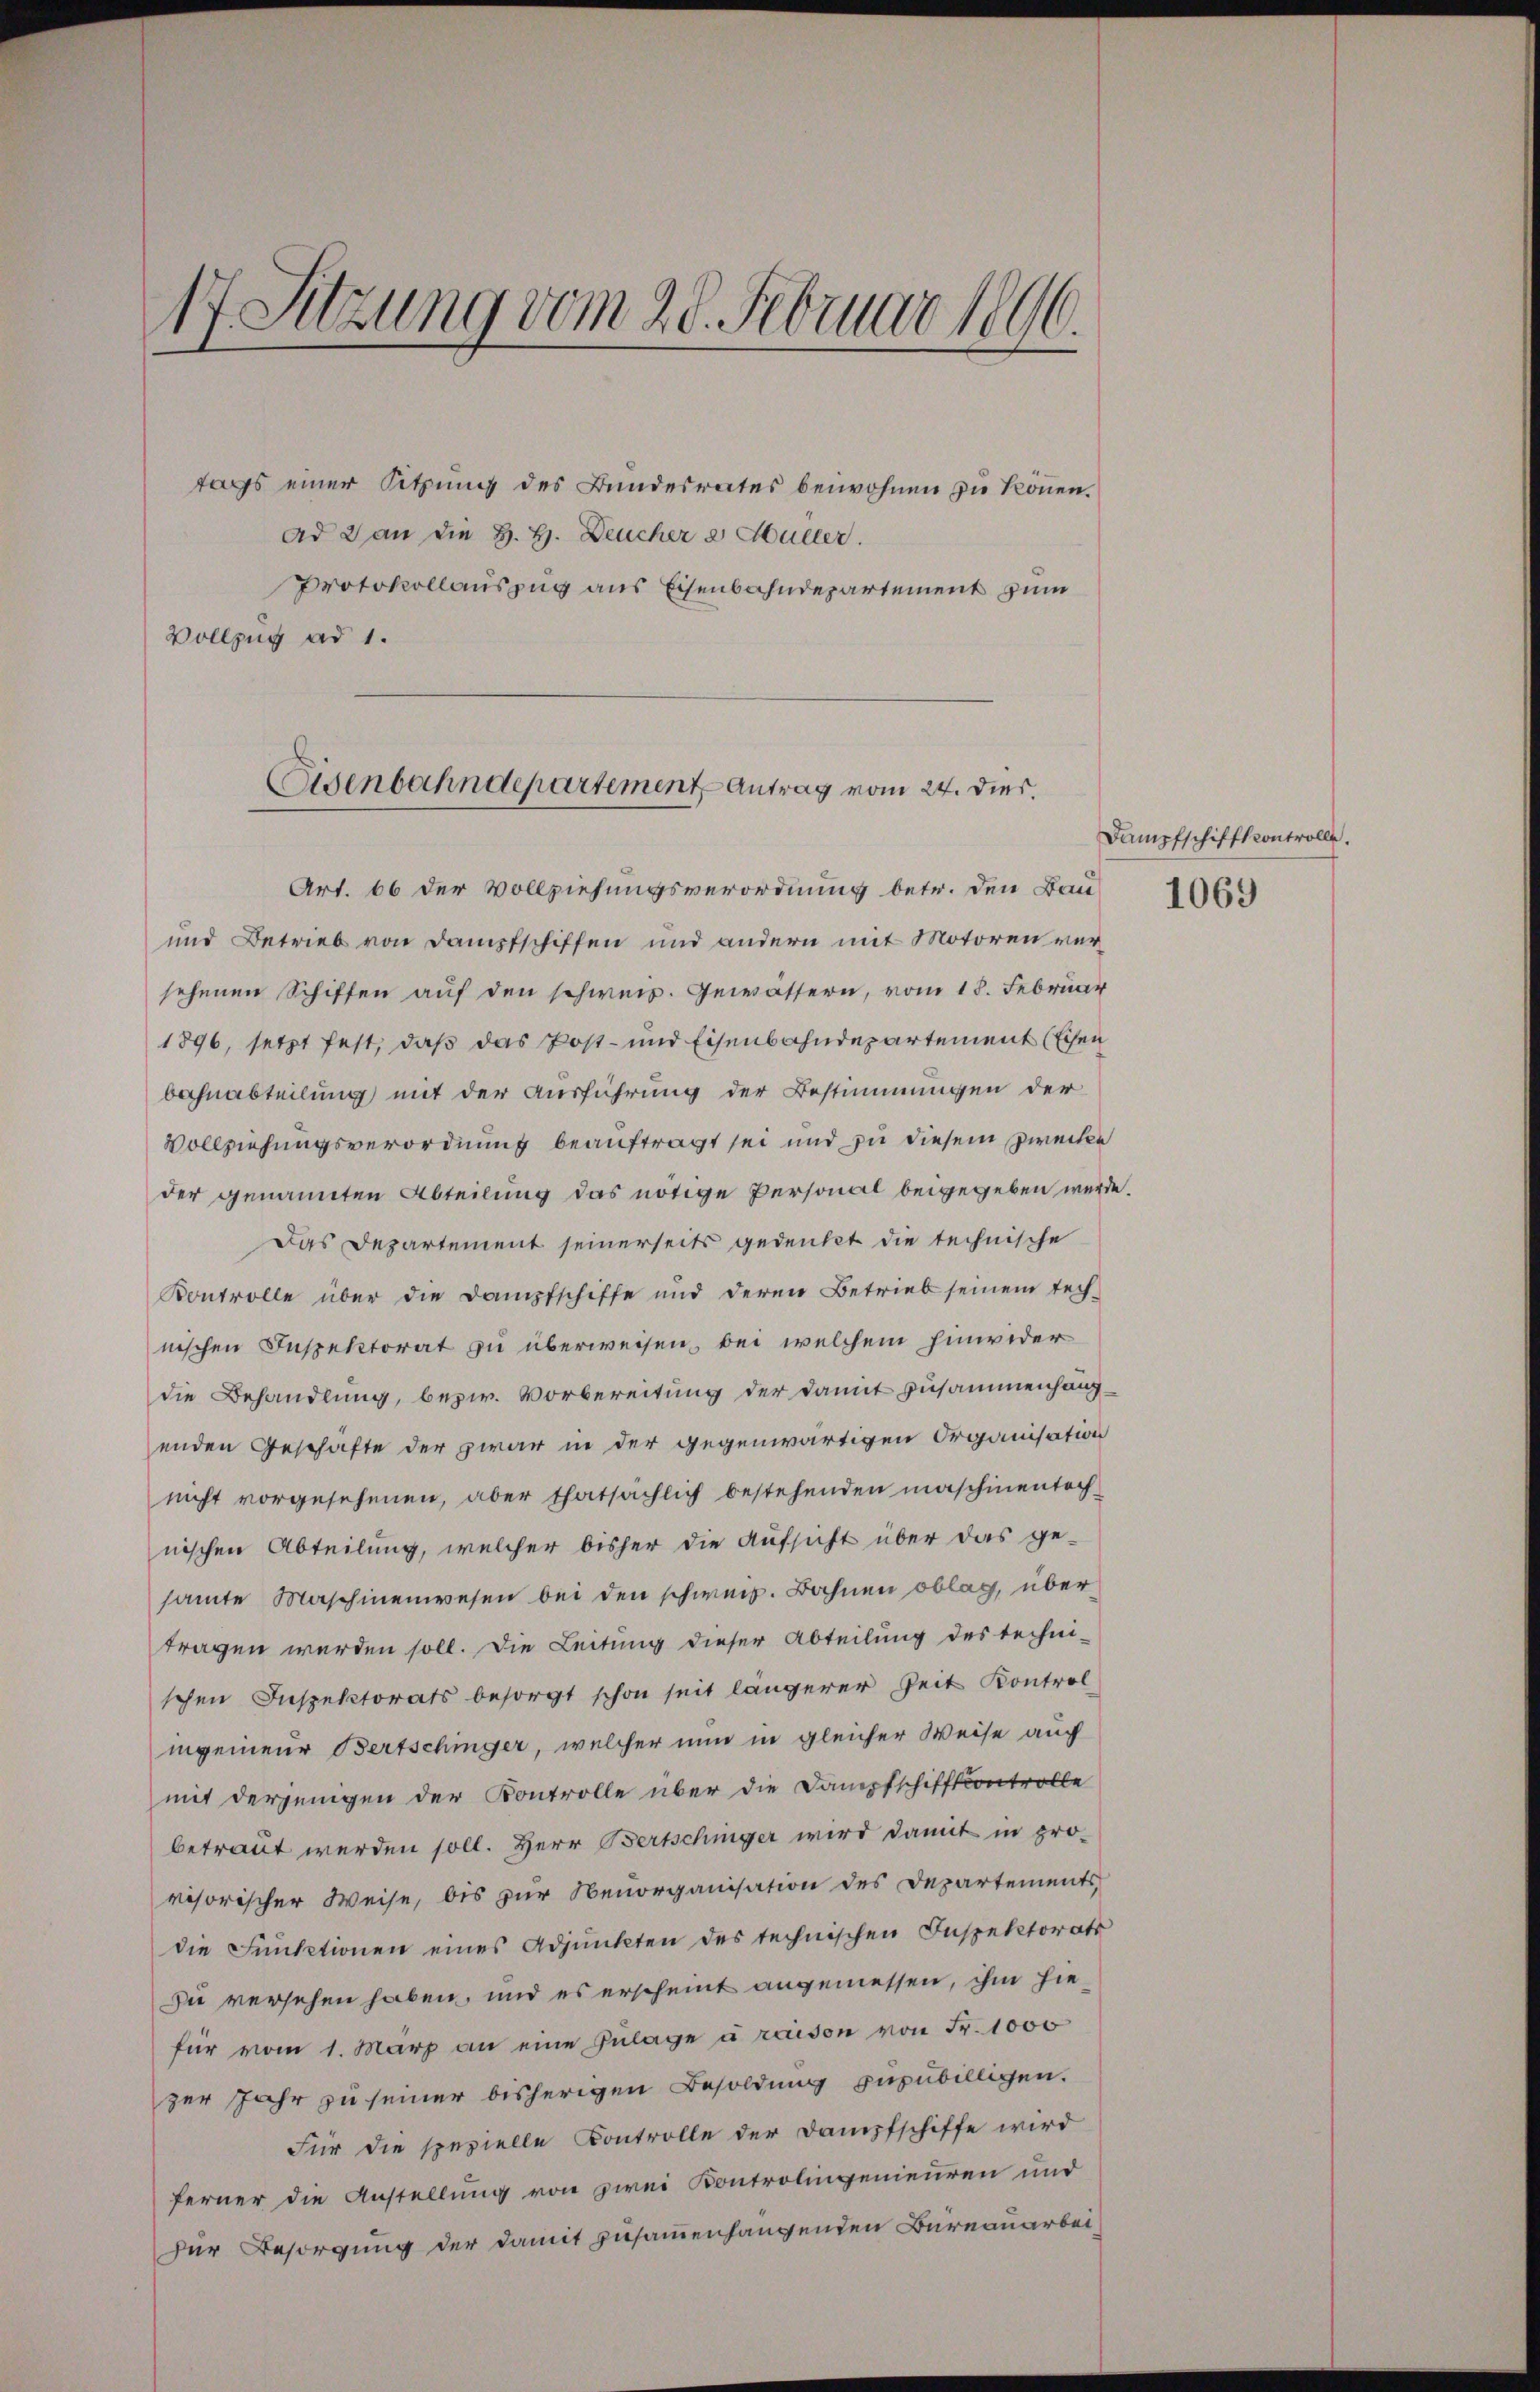
17. Sitzung vom 28. Februar 1890.
tags einer Sitzung des Bundesrates beiwohnen zu können.
ad 3 an die H. H. Deucher e Hüller.
Protokollauszug aus Eisenbahndepartement zum
Vollzug ad 1.

Eisenbahndepartement Antrag vom 24. dies.

Art. 66 der Vollziehungsverordnung betr. den Bau-
und Betrieb von Dampfschiffen und andern mit Motoren versehenen Schiffen auf den schweiz. Gewässern, vom 18. Februar
1896, setzt fest, daß das Post- und Eisenbahndepartement Eisen
bahnabteilung mit der Ausführung der Bestimmungen der
Vollziehungsverordnung beauftragt sei und zu diesem Zwecke
der genannten Abteilung das nötige Personal beigegeben würde.
Das Departement seinerseits gedenkt die technische
Kontrolle über die Dampfschiffe und deren Betrieb seinem tech-
nischen Inspektorat zu überweisen, bei welchem hinwider
die Behandlung, bezw. Vorbereitung der damit Zusammenhängenden Geschäfte der zwar ne der gegenwärtigen Organisation
nicht vorgesehenen, aber thatsächlich bestehenden maschinentoch
nischen Abteilung, welcher bisher die Aufsicht über das ge-
samte Maschinenwesen bei den schweiz. Bahnen oblag, übertragen werden soll. Die Leitung dieser Abteilung des techni-
schen Inspektorats besorgt schon seit längerer Zeit Kontrol
ingenieur Bertschinger, welcher nun in gleicher Weise auch
mit derjenigen der Kontrolle über die Dampfschifftcontrolle
betraut werden soll. Herr Bertschiger wird damit in pro-
visorischer Weise, bis zur Senorganisation des Departements,
die Funktionen eines Adjunkten des technischen Inspektorats
Du versehen haben, und es erscheint angemessen, ihm hiefür vom 1. März an eine Zŭlage à raison von Fr. 1000
zer Jahr zu seiner bisherigen Besoldung zuzubilligen.
Für die spezielle Controlle der Dampfschiffe wird
ferner die Anstellung von zwei Kontrolingenieuren und
Der Besorgung der damit zusammenhangenden Bureauarbei-

Dampfschifft controlle.
1069